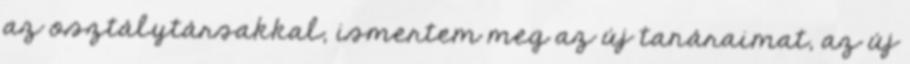
az osztálytársakkal, ismertem meg az új tanáraimat, az új